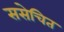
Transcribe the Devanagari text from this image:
ससेचित